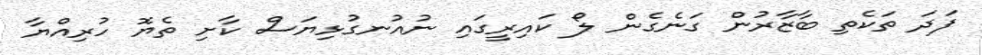
ފަދަ ތަކެތި ބާޒާރުން ގަނެގެން ލޯ ކައިރީގައި ނުއުނގުޅިޔަސް ކާށި ތެޔޮ ހުރިއްޔާ